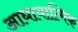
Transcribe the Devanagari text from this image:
आधायात्मिक